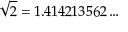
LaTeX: { \sqrt { 2 } } = 1 . 4 1 4 2 1 3 5 6 2 \ldots